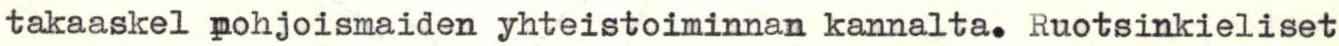
takaaskel pohjoismaiden yhteistoiminnan kannalta. Ruotsinkieliset